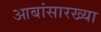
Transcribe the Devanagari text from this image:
आबांसारख्या